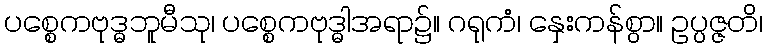
ပစ္စေကဗုဒ္ဓဘူမီသု၊ ပစ္စေကဗုဒ္ဓါအရာ၌။ ဂရုကံ၊ နှေးကန်စွာ။ ဥပ္ပဇ္ဇတိ၊